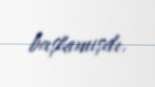
başlamışdı.